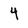
Character: 4